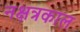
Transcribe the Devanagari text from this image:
नक्षत्रकाल